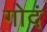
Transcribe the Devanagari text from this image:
गोदं